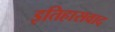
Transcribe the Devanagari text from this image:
इतिहासवाद